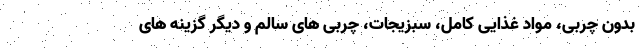
بدون چربی، مواد غذایی کامل، سبزیجات، چربی های سالم و دیگر گزینه های